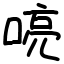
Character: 喨